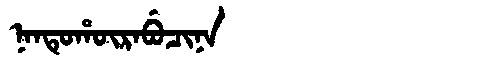
Manchu: ᠨᠠᠨᡨᡠᡥᡡᡵᠠᠪᡠᠴᡳᠨᠠ
Romanization: NANTUHŪRABUCINA